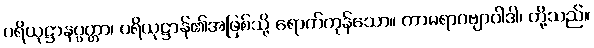
ပရိယုဋ္ဌာနပ္ပတ္တာ၊ ပရိယုဋ္ဌာန်၏အဖြစ်သို့ ရောက်ကုန်သော။ ကာမရာဂဗျာပါဒါ၊ တို့သည်။